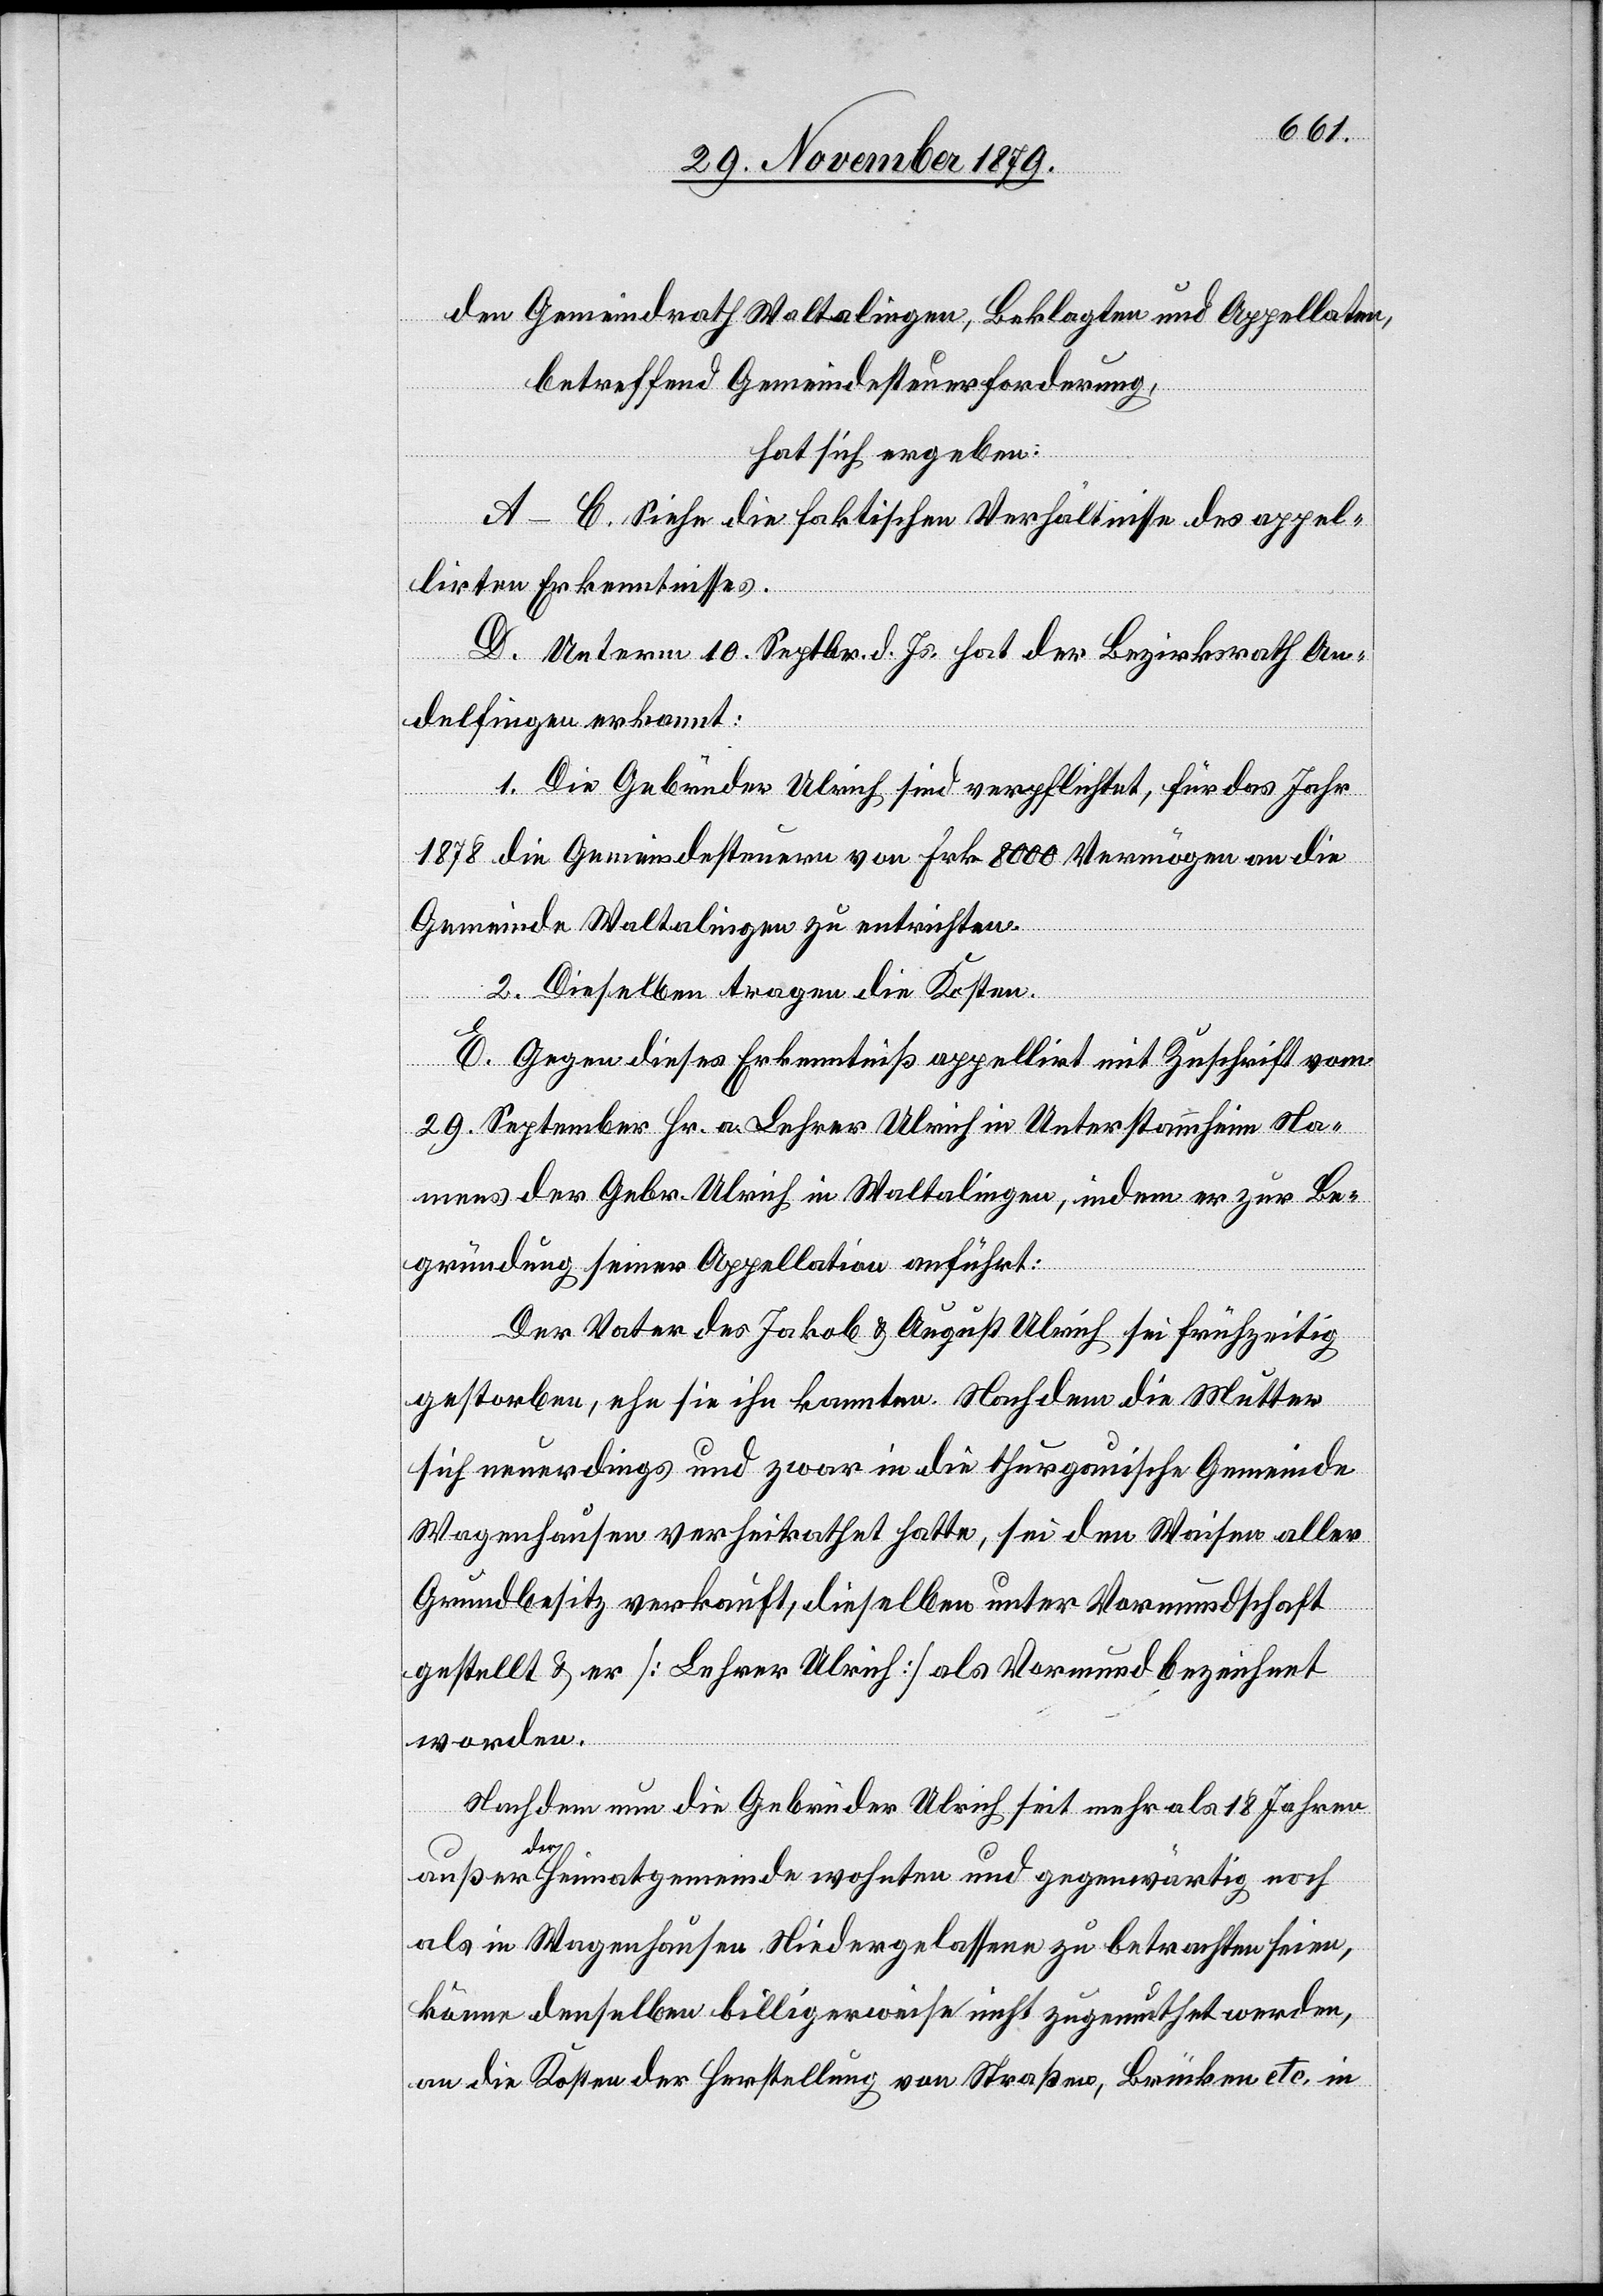
den Gemeindrath Waltalingen, Beklagten und Appellaten,
betreffend Gemeindesteuerforderung,
hat sich ergeben:
A–C. Siehe die faktischen Verhältnisse des appel¬
irten Erkenntnisses.
D. Unterm 10 Septbr. d. Js. hat der Bezirksrath An¬
delfingen erkannt:
1. Die Gebrüder Ulrich sind verpflichtet, für das Jahr
1878 die Gemeindesteuern von Frk. 8000 Vermögen an die
Gemeinde Waltalingen zu entrichten.
2. Dieselben tragen die Kosten.
E. Gegen dieses Erkenntniß appellirt mit Zuschrift vom
29. September Hr. a. Lehrer Ulrich in Unterstammheim Na¬
mens der Gebr. Ulrich in Waltalingen, indem er zur Be¬
gründung seiner Appellation anführt:
Der Vater des Jakob & August Ulrich sei frühzeitig
gestorben, ehe sie ihn kannten. Nachdem die Mutter
sich neuerdings und zwar in die thurgauische Gemeinde
Wagenhausen verheirathet hatte, sei den Waisen aller
Grundbesitz verkauft, dieselben unter Vormundschaft
gestellt & er [Lehrer Ulrich] als Vormund bezeichnet
worden.
Nachdem nun die Gebrüder Ulrich seit mehr als 18 Jahren
außer der Heimatgemeinde wohnten und gegenwärtig noch
als in Wagenhausen Niedergelassen zu betrachten seien,
könne denselben billigerweise nicht zugetraut werden,
an die Kosten der Herstellung von Straßen, Brücken etc. in